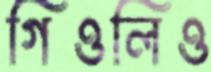
গিওলিও